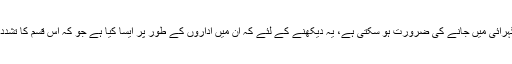
اس وقت اشرفیہ سکولوں کی تاریخ کی گہرائی میں جانے کی ضرورت ہو سکتی ہے، یہ دیکھنے کے لئے کہ ان میں اداروں کے طور پر ایسا کیا ہے جو کہ اس قسم کا تشدد پیدا کرتا ہے جس کا شکار مرتضٰی ہوا۔